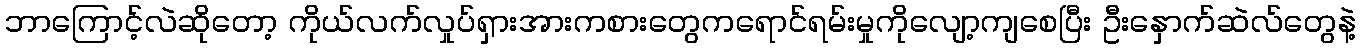
ဘာကြောင့်လဲဆိုတော့ ကိုယ်လက်လှုပ်ရှားအားကစားတွေကရောင်ရမ်းမှုကိုလျော့ကျစေပြီး ဦးနှောက်ဆဲလ်တွေနဲ့